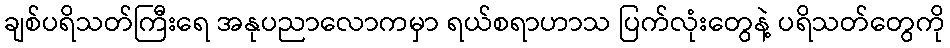
ချစ်ပရိသတ်ကြီးရေ အနုပညာလောကမှာ ရယ်စရာဟာသ ပြက်လုံးတွေနဲ့ ပရိသတ်တွေကို